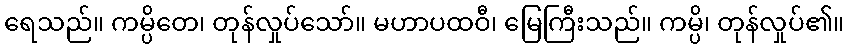
ရေသည်။ ကမ္ပိတေ၊ တုန်လှုပ်သော်။ မဟာပထဝီ၊ မြေကြီးသည်။ ကမ္ပိ၊ တုန်လှုပ်၏။